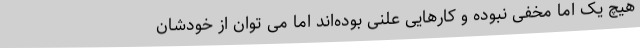
هیچ یک اما مخفی نبوده و کارهایی علنی بوده‌اند اما می توان از خودشان